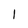
Character: 1